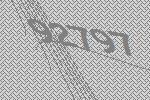
92797